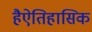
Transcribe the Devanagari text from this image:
हैऐतिहासिक